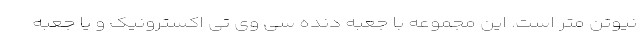
نیوتن متر است. این مجموعه با جعبه دنده سی وی تی اکسترونیک و یا جعبه